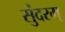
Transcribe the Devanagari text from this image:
सुंदरम्‌